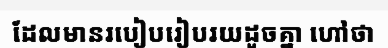
ដែលមានរបៀបរៀបរយដូចគ្នា ហៅថា